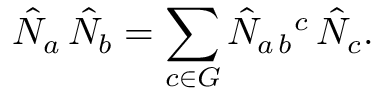
\hat { N } _ { a } \, \hat { N } _ { b } = \sum _ { c \in G } \hat { N } _ { a \, b } { } ^ { c } \, \hat { N } _ { c } .